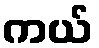
ကယ်